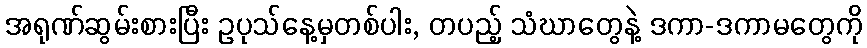
အရုဏ်ဆွမ်းစားပြီး ဥပုသ်နေ့မှတစ်ပါး, တပည့် သံဃာတွေနဲ့ ဒကာ-ဒကာမတွေကို